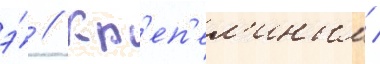
э́ // Кр'еп'ел'иным /